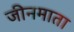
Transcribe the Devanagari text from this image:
जीनमाता